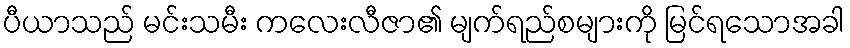
ပီယာသည် မင်းသမီး ကလေးလီဇာ၏ မျက်ရည်စများကို မြင်ရသောအခါ